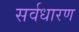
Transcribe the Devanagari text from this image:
सर्वधारण